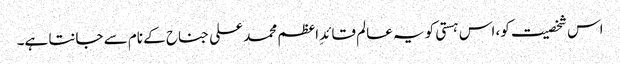
اس شخصیت کو، اس ہستی کو یہ عالم قائدِ اعظم محمد علی جناح کے نام سے جانتا ہے۔